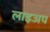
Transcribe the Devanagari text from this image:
लाइअप